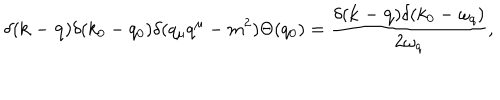
LaTeX: \delta ( { \bf k } - { \bf q } ) \delta ( k _ { 0 } - q _ { 0 } ) \delta ( q _ { \mu } q ^ { \mu } - m ^ { 2 } ) \Theta ( q _ { 0 } ) = \frac { \delta ( { \bf k } - { \bf q } ) \delta ( k _ { 0 } - \omega _ { q } ) } { 2 \omega _ { q } } ,